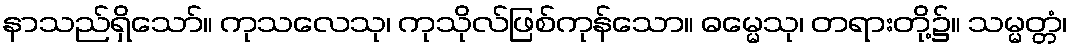
နာသည်ရှိသော်။ ကုသလေသု၊ ကုသိုလ်ဖြစ်ကုန်သော။ ဓမ္မေသု၊ တရားတို့၌။ သမ္မတ္တံ၊